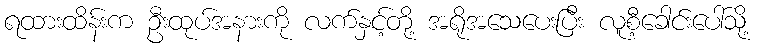
ရထားထိန်းက ဦးထုပ်အနားကို လက်နှင့်တို့ အရိုအသေပေးပြီး လူစီ့ခေါင်းပေါ်သို့